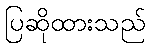
ပြဆိုထားသည်